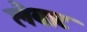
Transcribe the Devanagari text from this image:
लैबाट